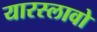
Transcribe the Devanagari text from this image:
यारस्लावो